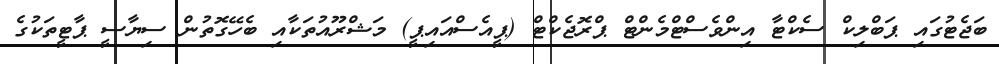
ބަޖެޓުގައި ޕަބްލިކް ސެކްޓާ އިންވެސްޓްމެންޓް ޕްރޮޖެކްޓް (ޕީއެސްއައިޕީ) މަޝްރޫއުތަކާއި ބެހޭގޮތުން ސިޔާސީ ޕާޓީތަކުގެ